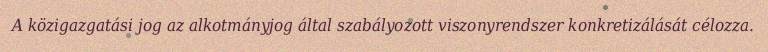
A közigazgatási jog az alkotmányjog által szabályozott viszonyrendszer konkretizálását célozza.